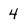
Character: 4